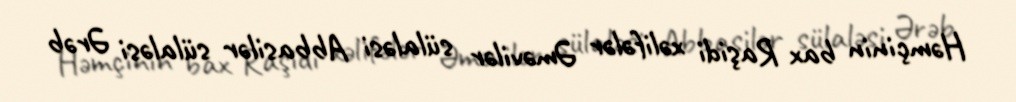
Həmçinin bax Raşidi xəlifələr Əməvilər sülaləsi Abbasilər sülaləsi Ərəb